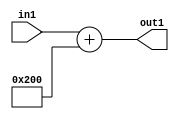
`timescale 1ps / 1ps
/*****************************************************************************
    Verilog RTL Description
    
    
    Created by: Stratus DpOpt 2019.1.01 
*******************************************************************************/

module SobelFilter_gen000001_4 (
	in1,
	out1
	); /* architecture "behavioural" */ 
input [8:0] in1;
output [10:0] out1;
wire [10:0] asc001;

assign asc001 = 
	+(in1)
	+(11'B01000000000);

assign out1 = asc001;
endmodule

/* CADENCE  urfzTgA= : u9/ySgnWtBlWxVPRXgAZ4Og= ** DO NOT EDIT THIS LINE ******/